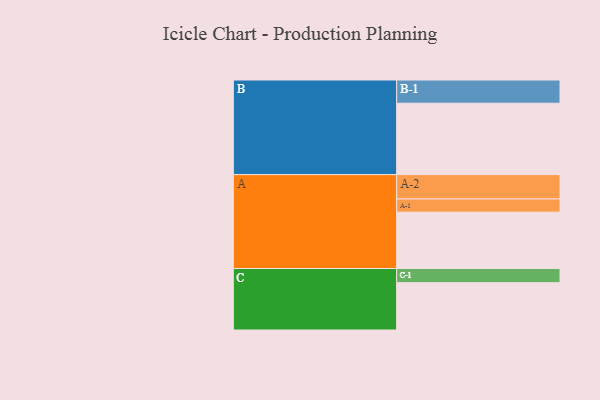
{"axis": {"x": "Segment", "y": "Value"}, "legend": ["", "A", "B", "C"], "data": [{"x": "A", "y": 456, "type": ""}, {"x": "B", "y": 578, "type": ""}, {"x": "C", "y": 383, "type": ""}, {"x": "A-1", "y": 107, "type": "A"}, {"x": "A-2", "y": 197, "type": "A"}, {"x": "B-1", "y": 188, "type": "B"}, {"x": "C-1", "y": 115, "type": "C"}]}